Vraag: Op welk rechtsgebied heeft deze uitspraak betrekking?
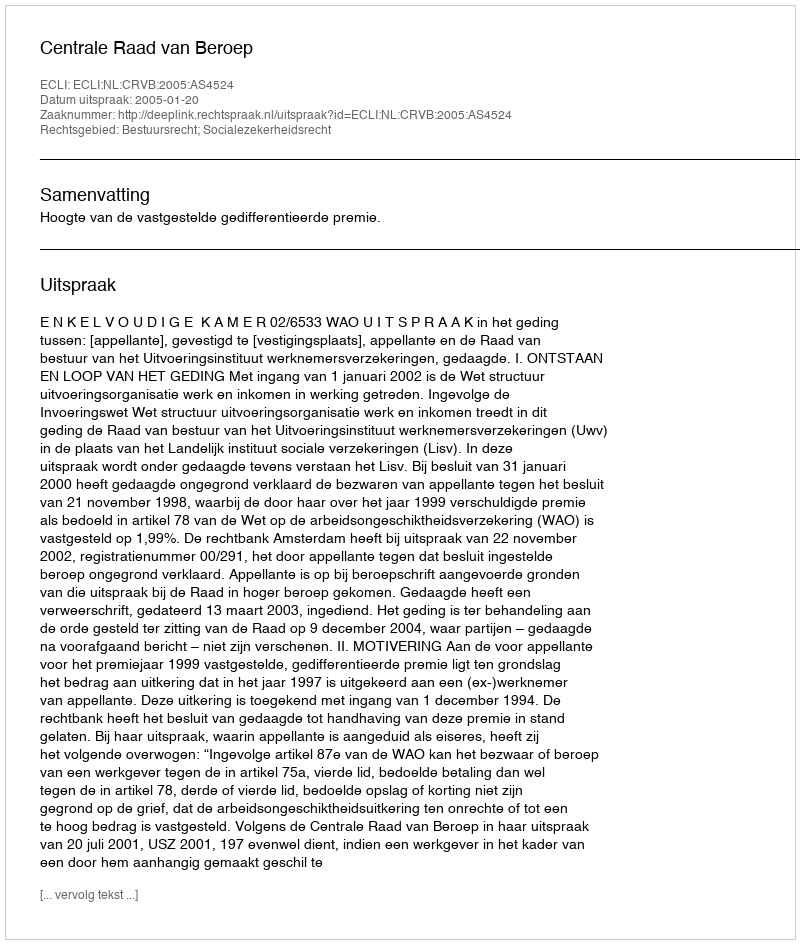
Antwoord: Bestuursrecht; Socialezekerheidsrecht